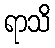
ရာသိ